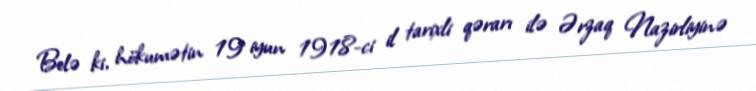
Belə ki, hökumətin 19 iyun 1918-ci il tarixli qərarı ilə Ərzaq Nazirliyinə